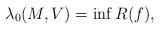
LaTeX: \begin{align*} \lambda_0(M,V) = \inf R(f),\end{align*}